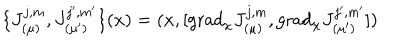
\{ J _ { ( \mu ) } ^ { j , m } , J _ { ( \mu ^ { \prime } ) } ^ { j ^ { \prime } , m ^ { \prime } } \} ( x ) = ( x , [ \mathrm { g r a d } _ { x } J _ { ( \mu ) } ^ { j , m } , \mathrm { g r a d } _ { x } J _ { ( \mu ^ { \prime } ) } ^ { j ^ { \prime } , m ^ { \prime } } ] )